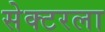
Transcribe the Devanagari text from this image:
सेक्‍टरला